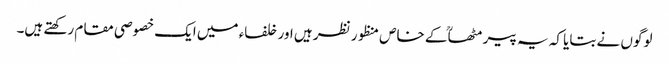
لوگوں نے بتایا کہ یہ پیر مٹھاؒ کے خاص منظور نظر ہیں اور خلفاء میں ایک خصوصی مقام رکھتے ہیں۔